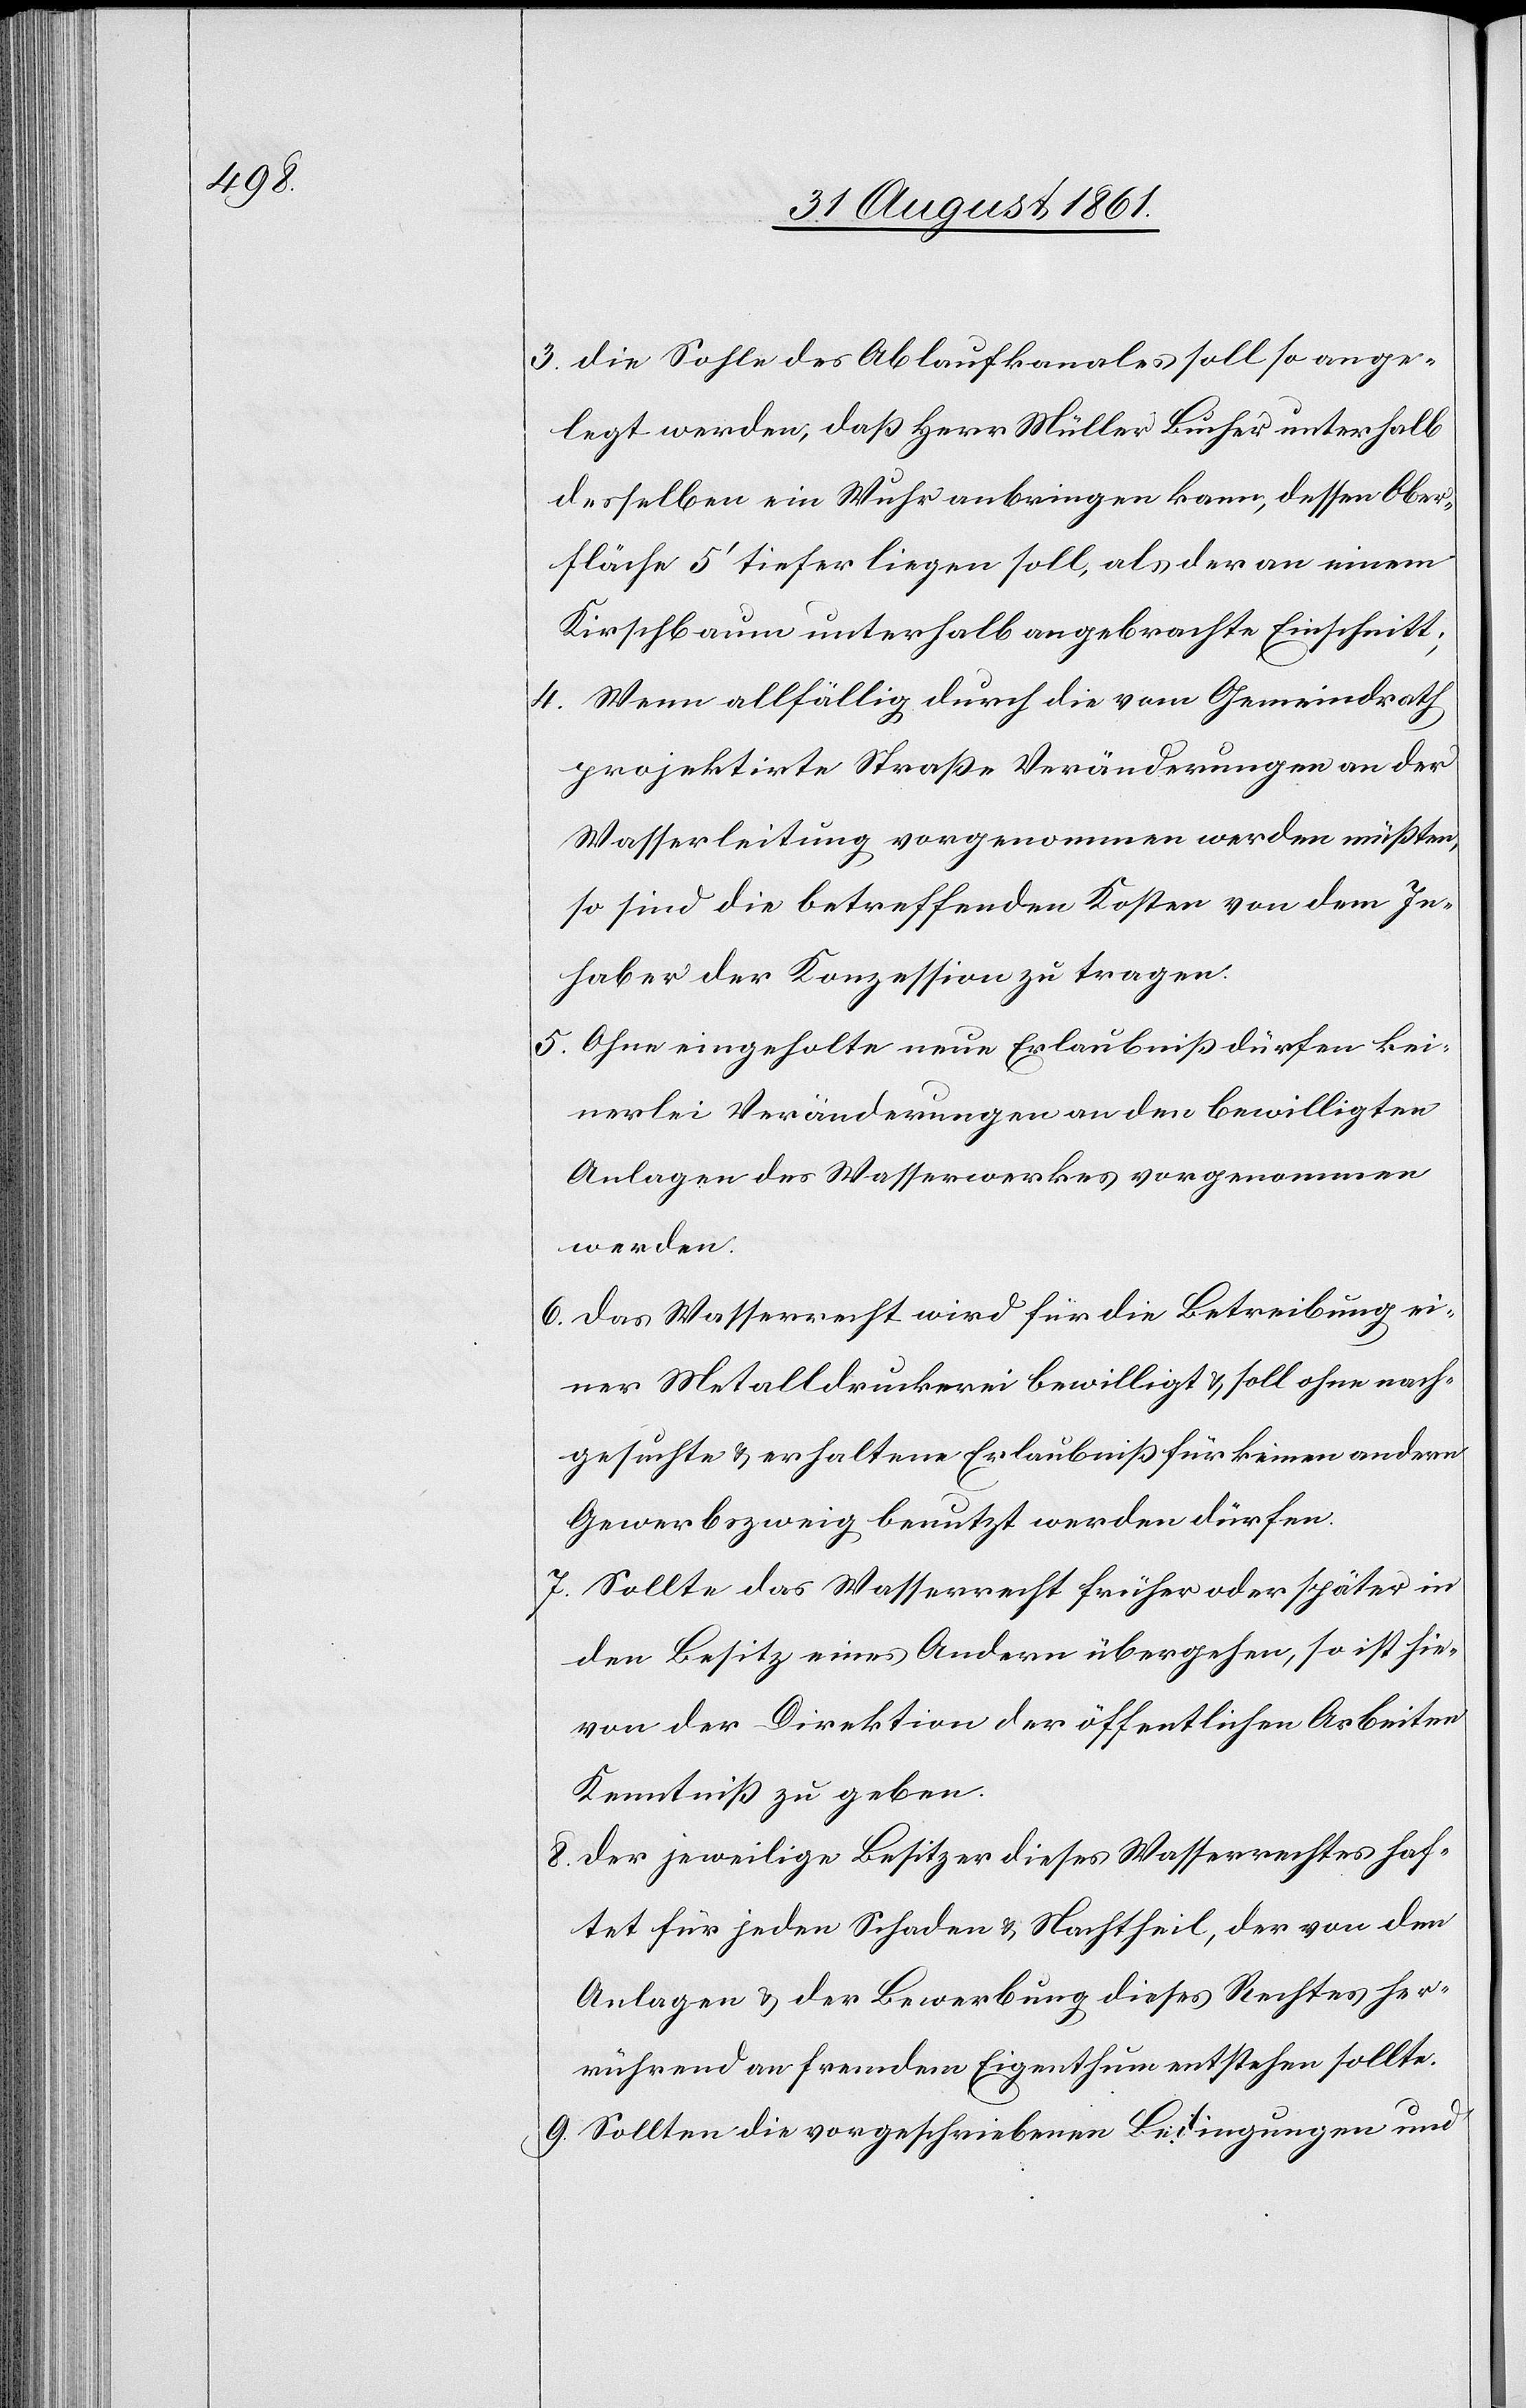
3. Die Sohle des Ablaufkanales soll so ange¬
legt werden, daß Herr Müller Bucher unterhalb
derselben ein Wuhr anbringen kann, dessen Ober¬
fläche 5‘ tiefer liegen soll, als der an einem
Kirchbaum unterhalb angebrachte Einschnitt;
4. Wenn allfällig durch die vom Gemeindrath
projektirte Straße Veränderungen an der
Wasserleitung vorgenommen werden müßten,
so sind die betreffenden Kosten von dem In¬
haber der Konzession zu tragen.
5. Ohne eingeholte neue Erlaubniß dürfen kei¬
nerlei Veränderungen an den bewilligten
Anlagen des Wasserwerkes vorgenommen
werden.
6. Das Wasserrecht wird für die Betreibung ei¬
ner Metalldruckerei bewilligt u. soll ohne nach¬
gesuchte u. erhaltene Erlaubniß für keinen andern
Gewerbszweig benutzt werden dürfen.
7. Sollte das Wasserrecht früher oder später in
den Besitz eines Andern übergehen, so ist hie¬
von der Direktion der öffentlichen Arbeiten
Kenntniß zu geben.
8. Der jeweilige Besitzer dieses Wasserrechtes haf¬
tet für jeden Schaden u. Nachtheil, der von den
Anlagen u. der Bewerbung dieses Rechtes her¬
rührend an fremdem Eigenthum entstehen sollte.
9. Sollten die vorgeschriebenen Bedingungen und